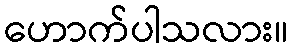
ဟောက်ပါသလား။